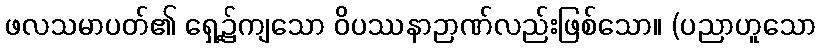
ဖလသမာပတ်၏ ရှေ့၌ကျသော ဝိပဿနာဉာဏ်လည်းဖြစ်သော။ (ပညာဟူသော